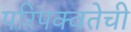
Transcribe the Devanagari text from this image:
परिपक्वतेची